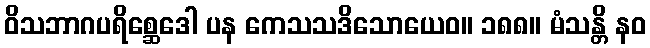
ဝိသဘာဂပရိစ္ဆေဒေါ ပန ကေသသဒိသောယေဝ။ ၁၈၈။ မံသန္တိ နဝ